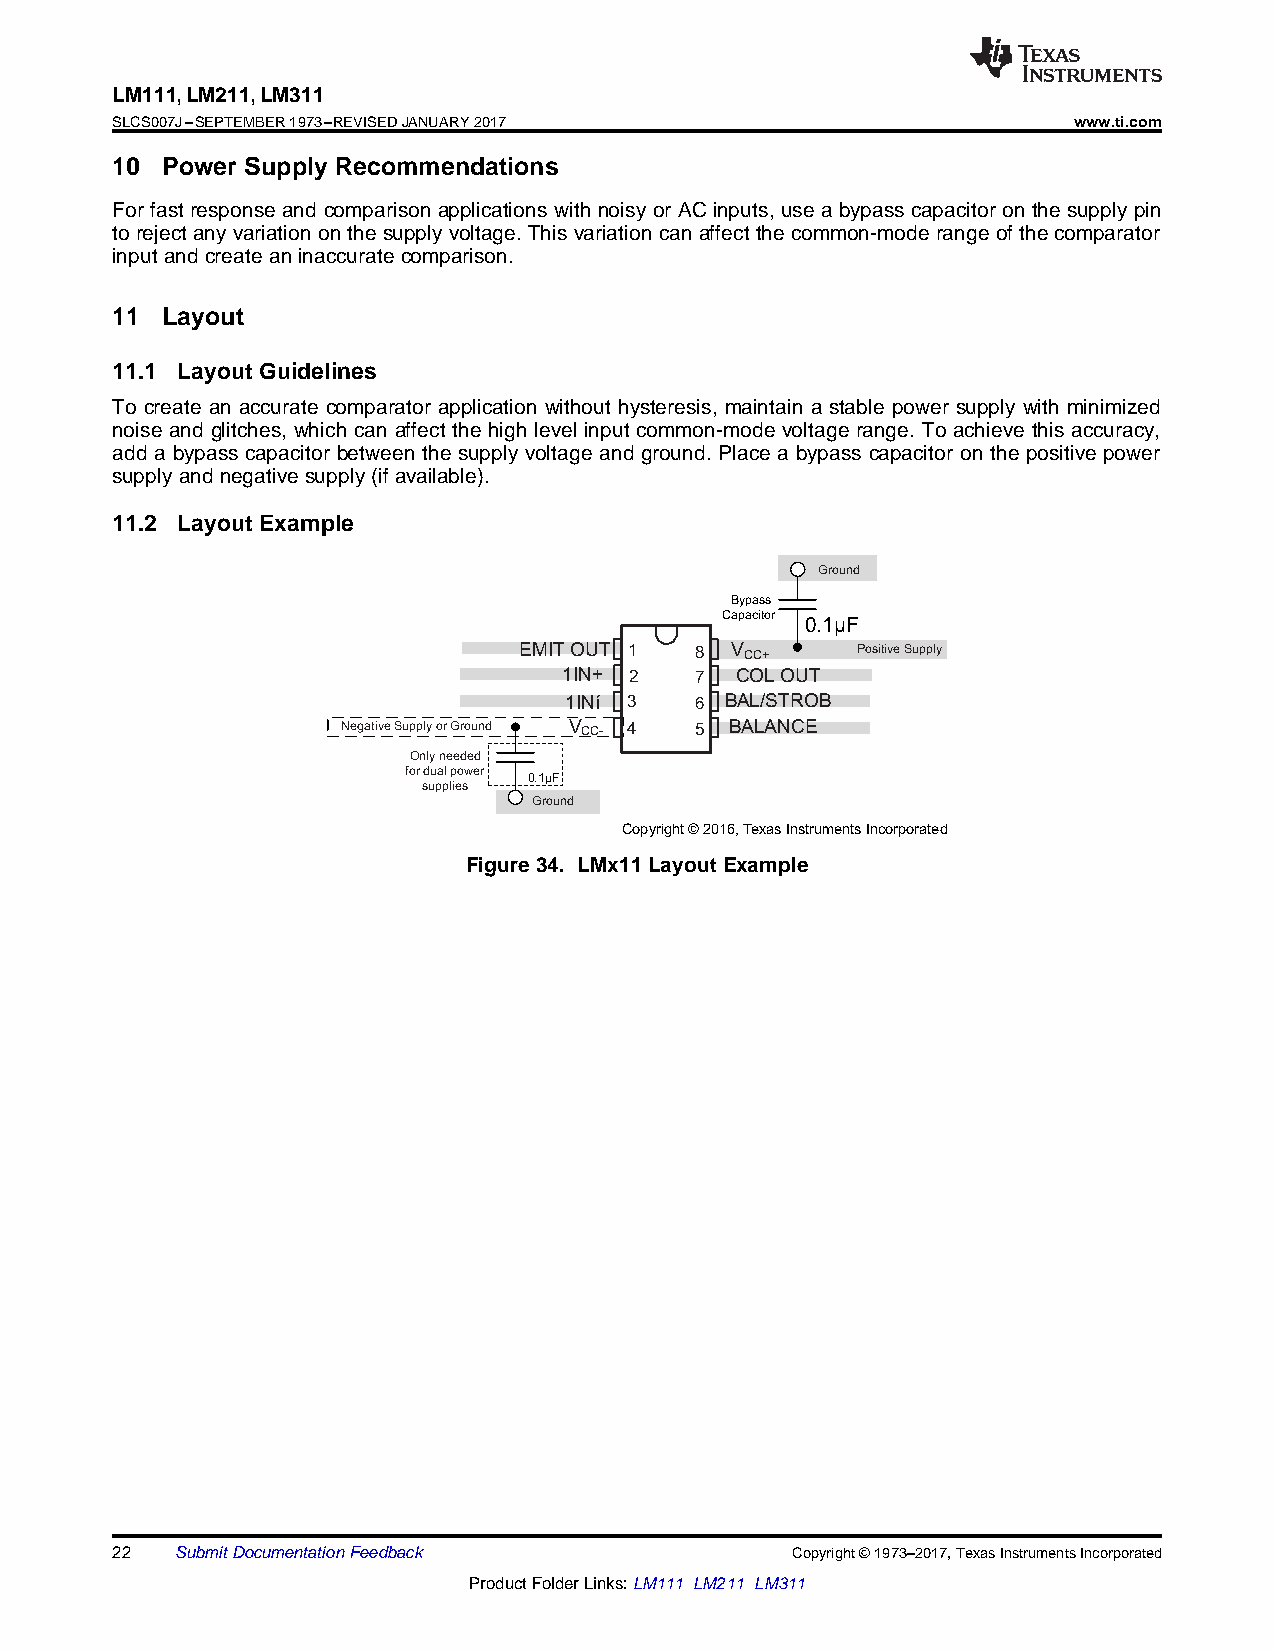
LM111,LM211,LM311
 SLCS007J–SEPTEMBER1973–REVISEDJANUARY2017                       www.ti.com
 10  Power Supply Recommendations
 For fast response and comparison applications with noisy or AC inputs, use a bypass capacitor on the supply pin
 torejectanyvariationonthesupplyvoltage.Thisvariationcanaffectthecommon-moderangeofthecomparator
 inputandcreateaninaccuratecomparison.
 11  Layout
 11.1 Layout Guidelines
 To create an accurate comparator application without hysteresis, maintain a stable power supply with minimized
 noise and glitches, which can affect the high level input common-mode voltage range. To achieve this accuracy,
 add a bypass capacitor between the supply voltage and ground. Place a bypass capacitor on the positive power
 supplyandnegativesupply(ifavailable).
 11.2 Layout Example
 Ground
 Bypass
 Capacitor
 0.1µF
 EMITOUT 1   8 V CC+    Positive Supply
 1IN+ 2   7  COLOUT
 1INí 3   6 BAL/STROB
 Negative Supply or Ground V CC- 4 5 BALANCE
 Only needed
 for dual power
 0.1µF
 supplies
 Ground
 Copyright © 2016,Texas Instruments Incorporated
 Figure34. LMx11LayoutExample
 22   SubmitDocumentationFeedback             Copyright©1973–2017,TexasInstrumentsIncorporated
 ProductFolderLinks:LM111 LM211 LM311